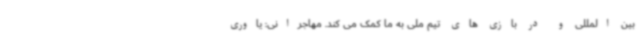
بین المللی و در بازی های تیم ملی به ما کمک می کند. مهاجرانی: یاوری